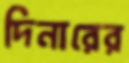
দিনারের